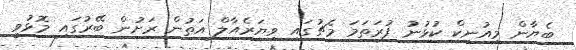
ބެޔާން މިއުނިކް ކުޅުނު ފުރަތަމަ މެޗުގައި ވިޔަރެއާލް އަތުން ރަށުން ބޭރުގައި މޮޅުވީ